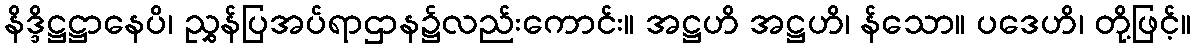
နိဒ္ဒိဋ္ဌဋ္ဌာနေပိ၊ ညွှန်ပြအပ်ရာဌာန၌လည်းကောင်း။ အဋ္ဌဟိ အဋ္ဌဟိ၊ န်သော။ ပဒေဟိ၊ တို့ဖြင့်။